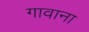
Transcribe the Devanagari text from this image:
गावाना